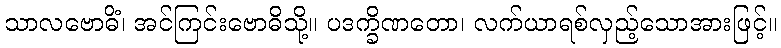
သာလဗောဓိံ၊ အင်ကြင်းဗောဓိသို့။ ပဒက္ခိဏတော၊ လက်ယာရစ်လှည့်သောအားဖြင့်။